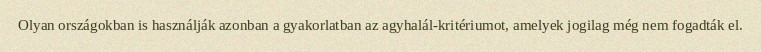
Olyan országokban is használják azonban a gyakorlatban az agyhalál-kritériumot, amelyek jogilag még nem fogadták el.